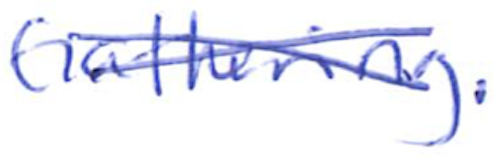
Text: Gathering.
Cross-out: mix
Writing tool: ballpoint